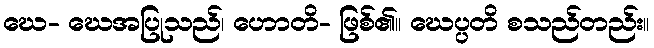
ဃေ- ဃေအပြုသည်၊ ဟောတိ- ဖြစ်၏။ ဃေပ္ပတိ စသည်တည်း။